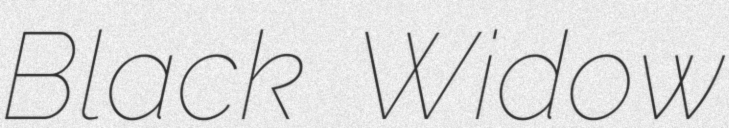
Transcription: Black Widow